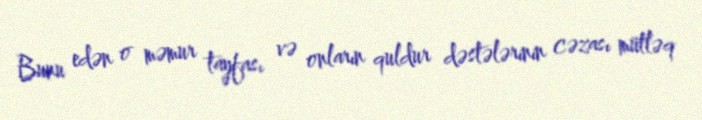
Bunu edən o məmur tayfası və onların quldur dəstələrinin cəzası mütləq